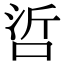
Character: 𠲻